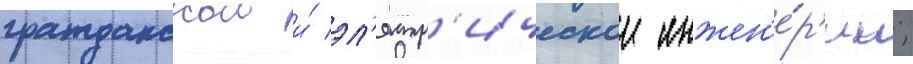
гражданскои и́ эл'ектр'ическои инжен'е́р'ии;